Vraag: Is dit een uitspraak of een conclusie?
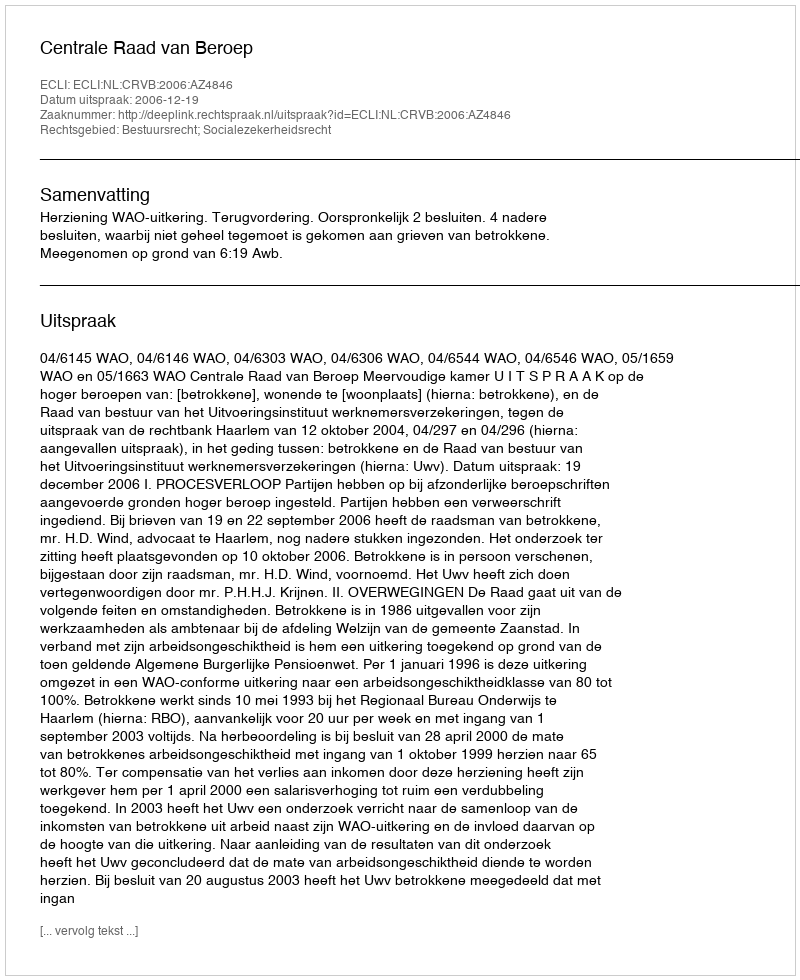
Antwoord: Uitspraak